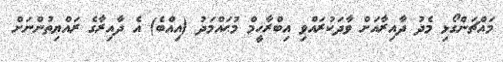
މައްޗަންގޯޅި މެދު ދާއިރާއަށް ވާދަކުރައްވި އިބްރާހީމް މުޙައްމަދު (އިއްެބެ) އެ ދާއިރާގެ ރައްޔިތުންނަށް